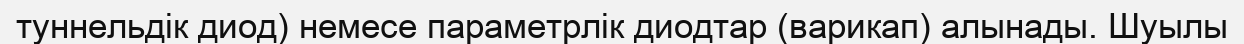
туннельдік диод) немесе параметрлік диодтар (варикап) алынады. Шуылы